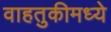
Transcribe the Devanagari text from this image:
वाहतुकीमध्ये